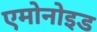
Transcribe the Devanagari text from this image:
एमोनोइड